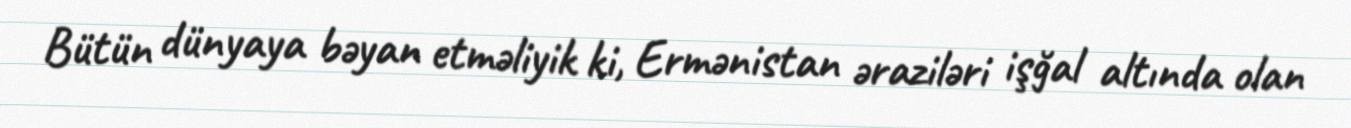
Bütün dünyaya bəyan etməliyik ki, Ermənistan əraziləri işğal altında olan